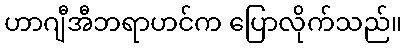
ဟာဂျီအီဘရာဟင်က ပြောလိုက်သည်။